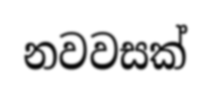
නවවසක්